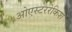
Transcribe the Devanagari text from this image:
ओएस्टररेकिश